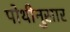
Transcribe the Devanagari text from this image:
पोथीनुसार